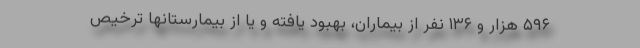
۵۹۶ هزار و ۱۳۶ نفر از بیماران، بهبود یافته و یا از بیمارستانها ترخیص